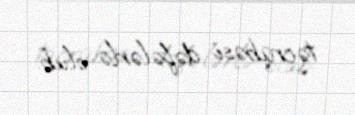
təcrübəsi dəfələrlə olub.